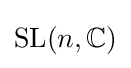
\mathrm {SL} (n,\mathbb {C} )